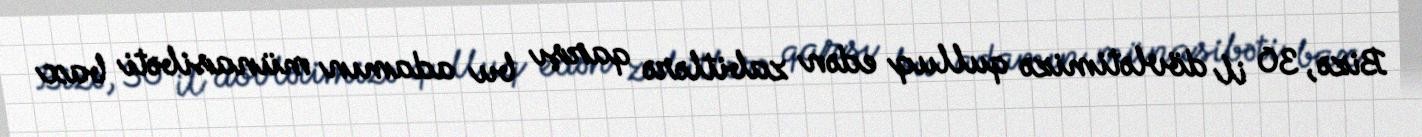
Bizə, 30 il dövlətimizə qulluq edən zabitlərə qarşı bu adamın münasibəti bax